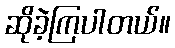
ဆိုခဲ့ကြပါတယ်။